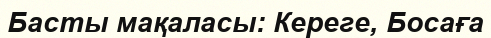
Басты мақаласы: Кереге, Босаға